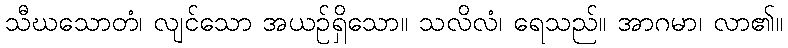
သီဃသောတံ၊ လျင်သော အယဉ်ရှိသော။ သလိလံ၊ ရေသည်။ အာဂမာ၊ လာ၏။